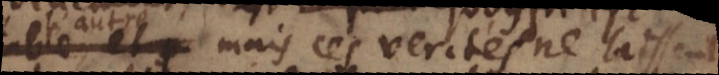
l’autre; mais ces verités ne laissent